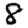
Digit: 8